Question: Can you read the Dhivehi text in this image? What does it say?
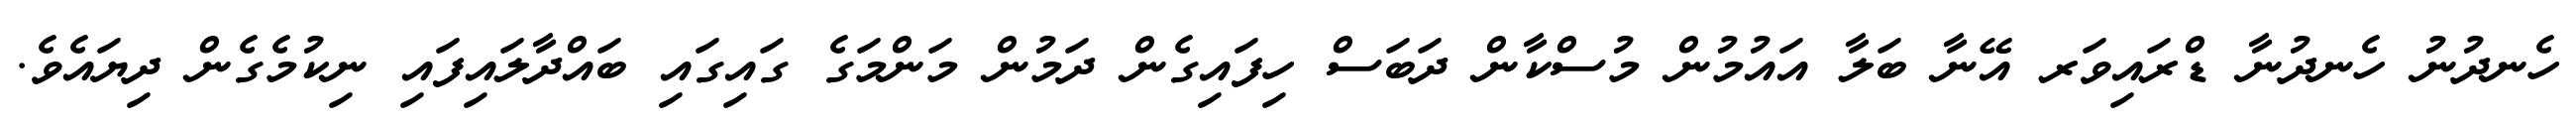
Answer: ހެނދުނު ހެނދުނާ ޑްރައިވަރ އޭނާ ބަލާ އައުމުން މުސްކާން ދަބަސް ހިފައިގެން ދަމުން މަންމަގެ ގައިގައި ބައްދާލައިފައި ނިކުމެގެން ދިޔައެވެ.